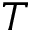
T